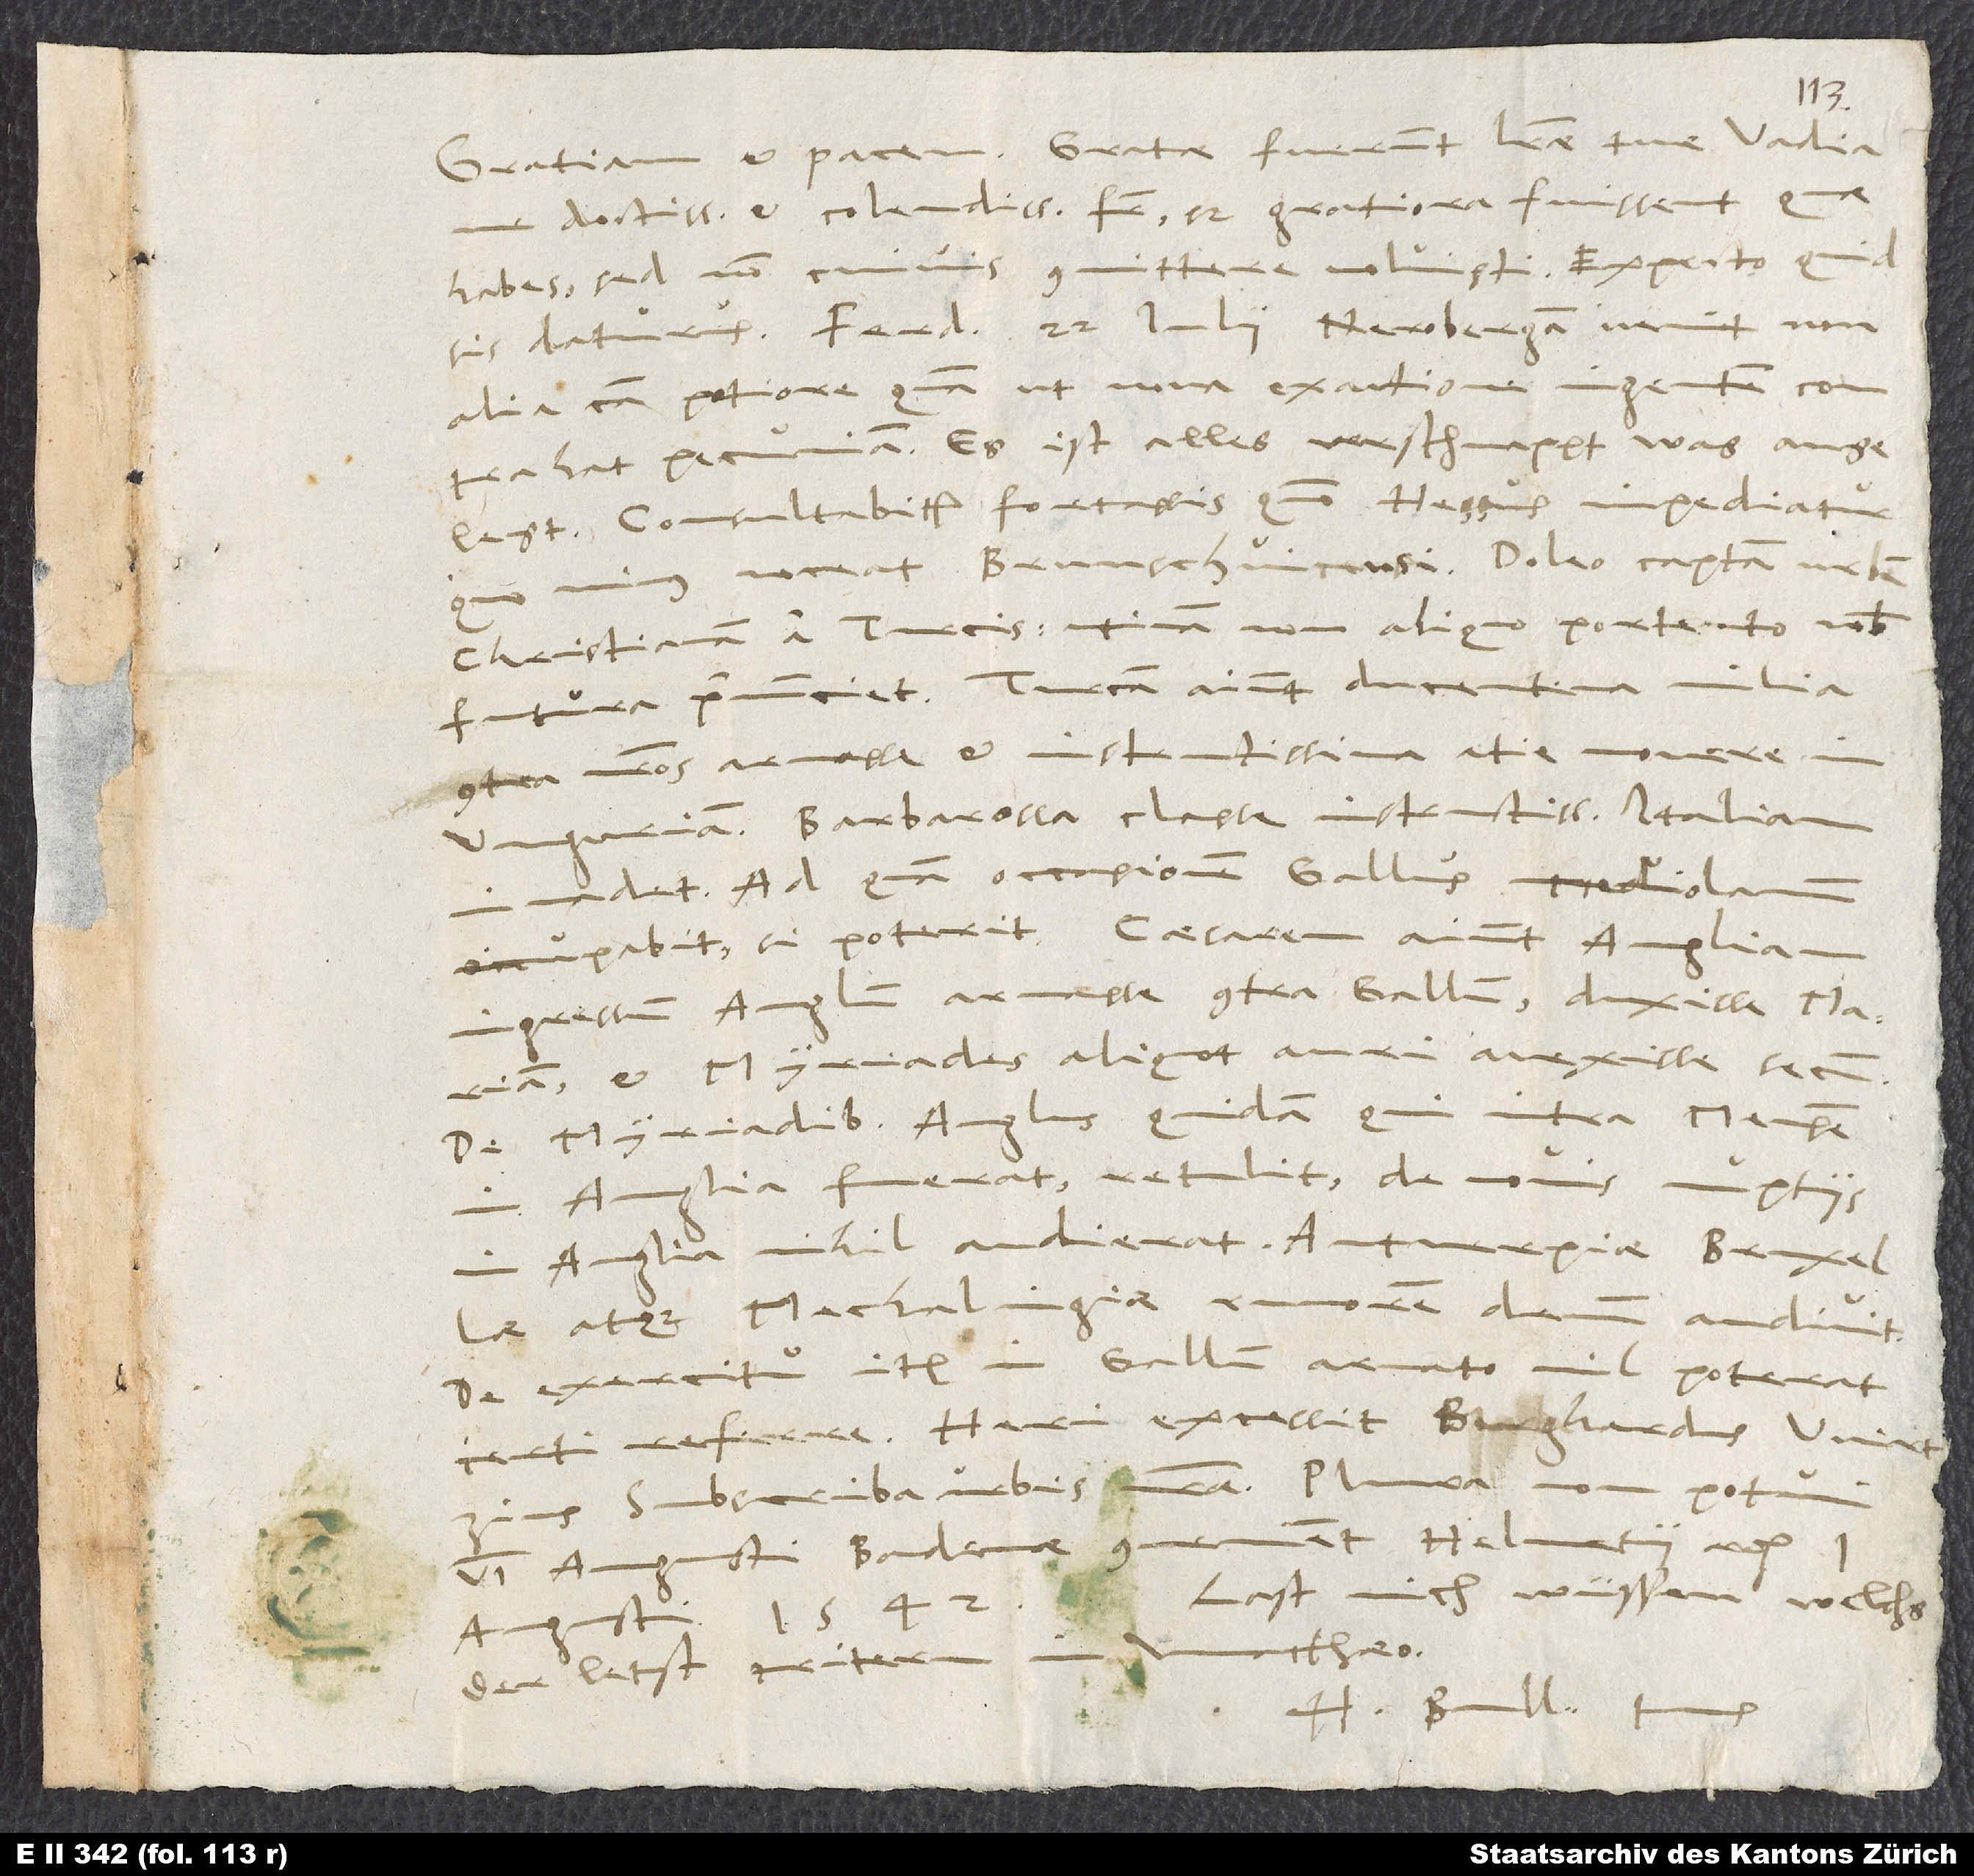
Gratiam et pacem. Gratae fuerunt literae tuae, Vadiane
doctissime et colendissime frater; sed gratiora fuissent, quae
habes, sed non cuivis committere voluisti. Exspecto, quid
daturus. Ferdinandus 22. Iulii Nerobergam venit, non
alia causa potiore, quam ut nova exactione ingentem contrahat
pecuniam. Es ist alles verschnappt, was angelayt.
Consultabitur fortassis, quomodo Hessus impediatur,
noceat Brunschvicensi. Doleo captam urbem
Christianam a Tureis. Utinam non aliquo portento nobis
futura praenuntiet! Tuream aiunt ducentena milia
nostros armasse et instructissima acie movere in
Ungariam. Barbarossa classe instructissima Italiam
invadet, ad quam occasionem Gallus Mediolanum
occupabit, si poterit. Caesarem aiunt Angliam
ingressum, Anglum armasse contra Gallum, duxisse Mariam
et myriades aliquot auri avexisse secum.
De myriadibus Anglus quidam, qui intra mensem
in Anglia fuerat, retulit; de novis nuptiis
in Anglia nihil audierat; Antverpiae, Bruxellae
atque Mechalingiae rumorem demum audivit;
de exercitu item in Gallum armato nil poterat
certi referre. Heri excessit Burghardus Wirtzius,
subscriba urbis nostrae. Plura non potui.
VI. Augusti Badenae convenient Helvetii etc.
Augusti 1542. Last mich wüssen, welchs
der letst tritern in Matthaeo.